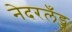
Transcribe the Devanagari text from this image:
नेदरलँड्ज